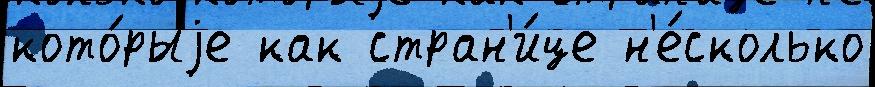
кото́рыjе как стран'и́це н'е́сколько